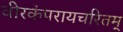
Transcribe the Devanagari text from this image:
वीरकंपरायचरितम्